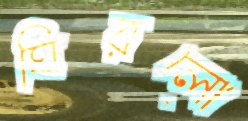
ঘিরলো